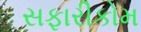
સફારીકોમ